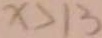
x > 1 3